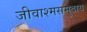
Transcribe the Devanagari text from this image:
जीवाश्मसमुदाय